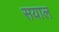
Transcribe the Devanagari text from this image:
सयाल